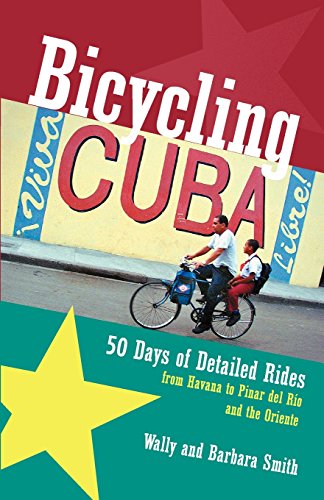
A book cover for Bicycling Cuba: Fifty Days of Detailed Rides from Havana to Pinar Del Rio and the Oriente; Wally Smith; Sports & Outdoors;